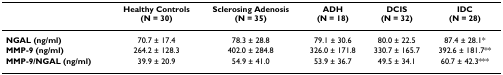
<table><thead><tr><td></td><td><b>Healthy Controls(N = 30)</b></td><td><b>Sclerosing Adenosis(N = 35)</b></td><td><b>ADH(N = 18)</b></td><td><b>DCIS(N = 32)</b></td><td><b>IDC(N = 28)</b></td></tr></thead><tbody><tr><td><b>NGAL (ng/ml)</b></td><td>70.7 ± 17.4</td><td>78.3 ± 28.8</td><td>79.1 ± 30.6</td><td>80.0 ± 22.5</td><td>87.4 ± 28.1*</td></tr><tr><td><b>MMP-9 (ng/ml)</b></td><td>264.2 ± 128.3</td><td>402.0 ± 284.8</td><td>326.0 ± 171.8</td><td>330.7 ± 165.7</td><td>392.6 ± 181.7**</td></tr><tr><td><b>MMP-9/NGAL (ng/ml)</b></td><td>39.9 ± 20.9</td><td>54.9 ± 41.0</td><td>53.9 ± 36.7</td><td>49.5 ± 34.1</td><td>60.7 ± 42.3***</td></tr></tbody></table>